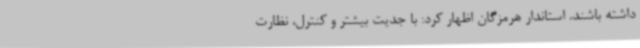
داشته باشند. استاندار هرمزگان اظهار کرد: با جدیت بیشتر و کنترل، نظارت